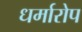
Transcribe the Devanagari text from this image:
धर्मारोप